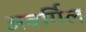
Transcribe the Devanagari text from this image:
अबर्गिल